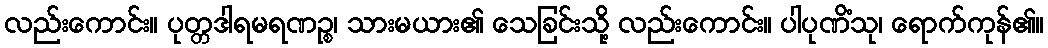
လည်းကောင်း။ ပုတ္တဒါရမရဏဉ္စ၊ သားမယား၏ သေခြင်းသို့ လည်းကောင်း။ ပါပုဏိံသု၊ ရောက်ကုန်၏။